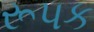
રૂપક